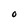
Character: o